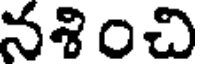
నశించి